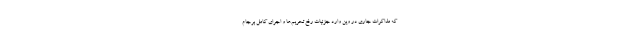
که مذاکرات جاری در وین وارد جزئیات رفع تحریم‌ها و اجرای کامل برجام